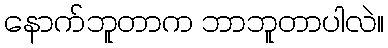
နောက်ဘူတာက ဘာဘူတာပါလဲ။